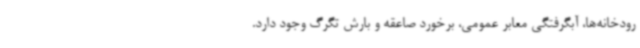
رودخانه‌ها، آبگرفتگی معابر عمومی، برخورد صاعقه و بارش تگرگ وجود دارد.